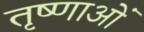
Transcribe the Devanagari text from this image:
तृष्णाओं